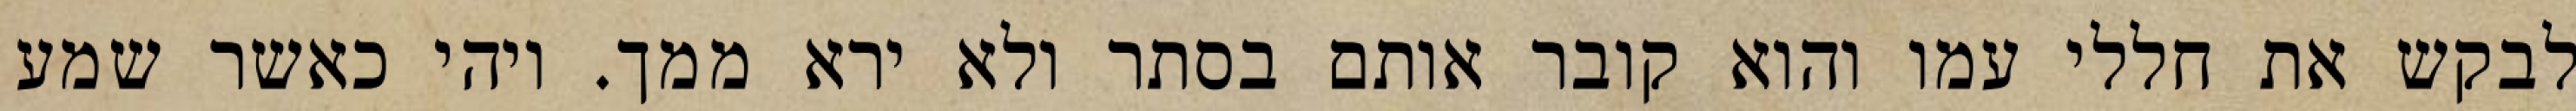
לבקש את חללי עמו והוא קובר אותם בסתר ולא ירא ממך. ויהי כאשר שמע